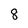
Character: 8